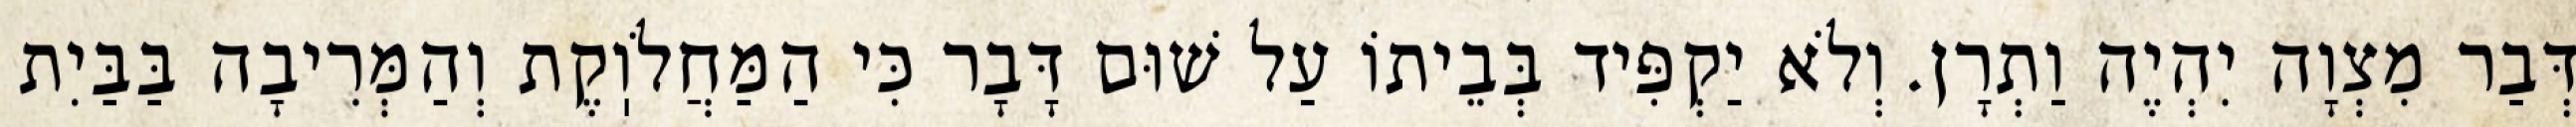
דְּבַר מִצְוָה יִהְיֶה וַתְרָן. וְלֹא יַקְפִּיד בְּבֵיתוֹ עַל שׁוּם דָּבָר כִּי הַמַּחֲלֹוֽקֶת וְהַמְּרִיבָה בַּבַּיִת